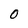
Character: 0